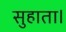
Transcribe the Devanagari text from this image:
सुहाता।